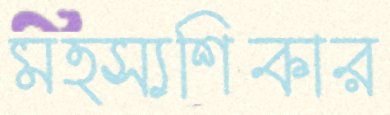
মত্স্যশিকার